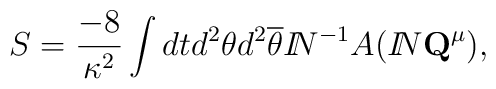
S= \frac{-8}{\kappa^2} \int dt d^2\theta d^2 \overline{\theta}{I\!\!N}^{-1} A({I\!\!N} {\bf Q}^{\mu}),